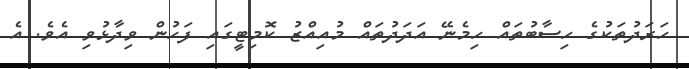
ހަރަދުތަކުގެ ހިސާބުތައް ހިމެނޭ އަދަދުތައް މުއިއްޒު ކޮމިޓީގައި ފަހުން ވިދާޅުވި އެވެ. އެ